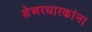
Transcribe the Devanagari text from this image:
शेअरधारकांना